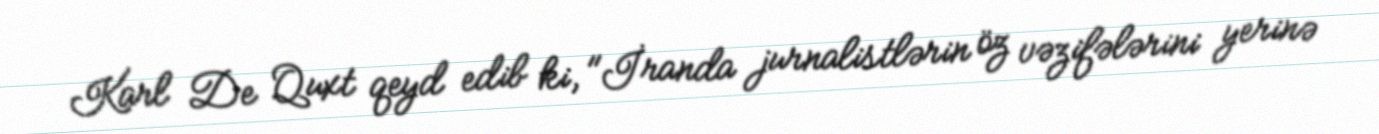
Karl De Quxt qeyd edib ki, "İranda jurnalistlərin öz vəzifələrini yerinə